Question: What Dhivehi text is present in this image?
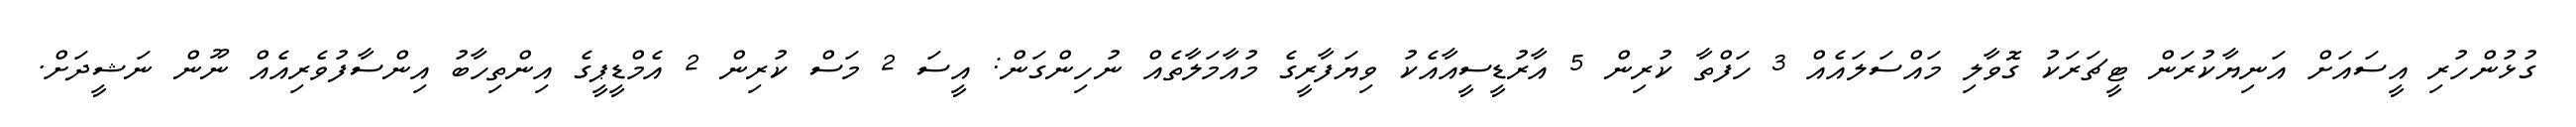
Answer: ގުޅުންހުރި އީސައަށް އަނިޔާކުރަން ޓީޗަރަކު ގޮވާލި މައްސަލައެއް 3 ހަފްތާ ކުރިން 5 އާރުޑީސީއާއެކު ވިޔަފާރީގެ މުއާމަލާތެއް ނުހިންގަން: އީސަ 2 މަސް ކުރިން 2 އެމްޑީޕީގެ އިންތިހާބު އިންސާފުވެރިއެއް ނޫން ނަޝީދަށް.